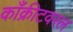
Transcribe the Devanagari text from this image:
काँक्रीटवरल